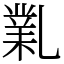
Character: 𠄅